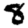
Digit: 8